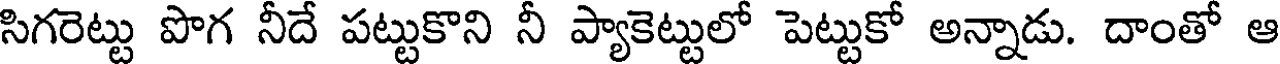
సిగరెట్టు పొగ నీదే పట్టుకొని నీ ప్యాకెట్టులో పెట్టుకో అన్నాడు. దాంతో ఆ